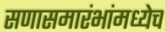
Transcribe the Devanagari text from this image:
सणासमारंभांमध्येच